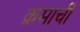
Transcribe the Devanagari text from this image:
क्रमाची